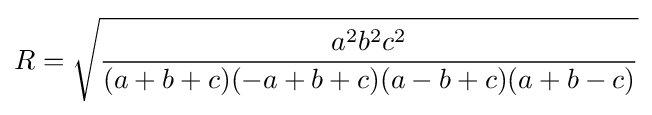
R={\sqrt {\frac {a^{2}b^{2}c^{2}}{(a+b+c)(-a+b+c)(a-b+c)(a+b-c)}}}